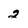
Character: 2